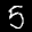
Label: 5